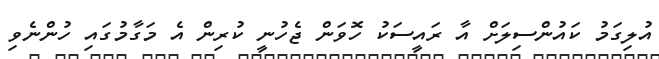
އުލިގަމު ކައުންސިލަށް އާ ރައީސަކު ހޮވަން ޖެހުނީ ކުރިން އެ މަގާމުގައި ހުންނެވި